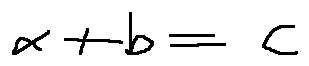
\alpha + b = c